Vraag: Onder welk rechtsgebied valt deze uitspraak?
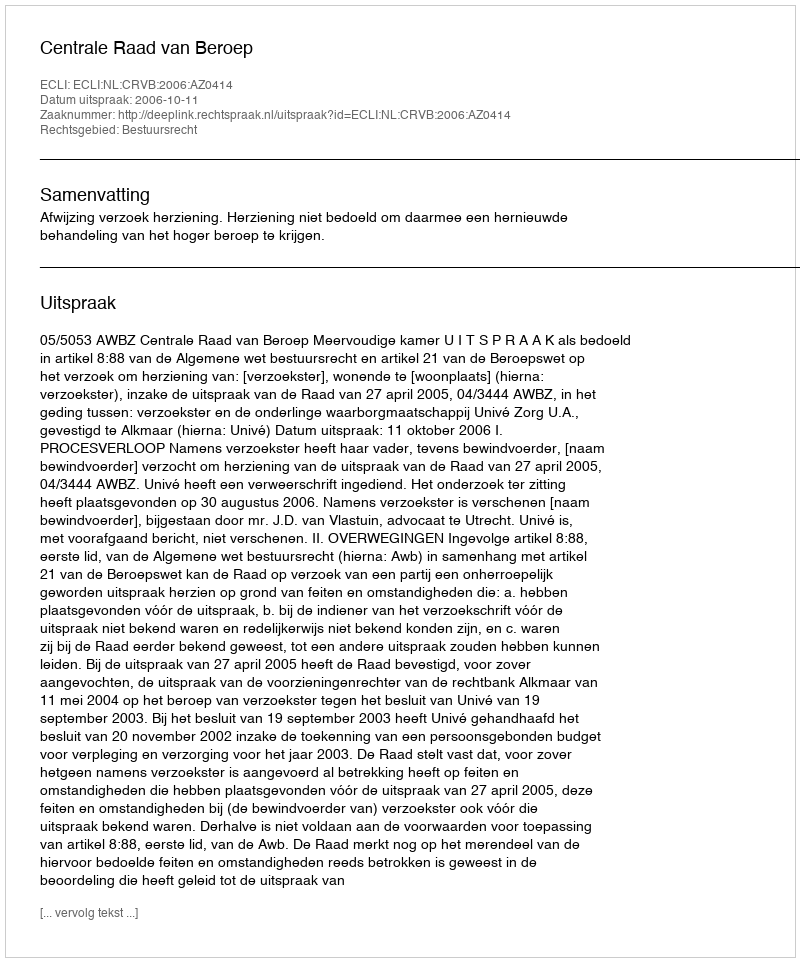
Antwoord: Bestuursrecht